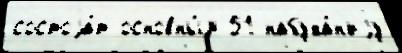
состоjа́т основны́м 51 набуха́н'иjу